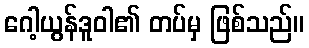
ဂေါ့ယွန်ဒူဝါ၏ တပ်မှ ဖြစ်သည်။